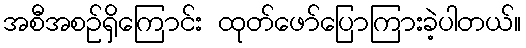
အစီအစဉ်ရှိကြောင်း ထုတ်ဖော်ပြောကြားခဲ့ပါတယ်။